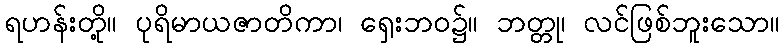
ရဟန်းတို့။ ပုရိမာယဇာတိကာ၊ ရှေးဘဝ၌။ ဘတ္တု၊ လင်ဖြစ်ဘူးသော။